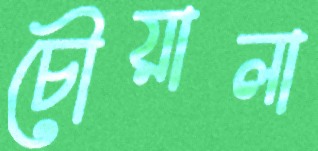
চৌয়ালা